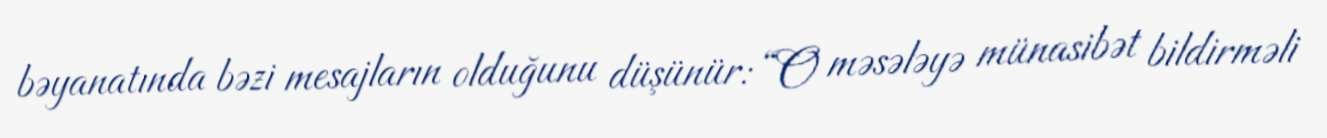
bəyanatında bəzi mesajların olduğunu düşünür: “O məsələyə münasibət bildirməli